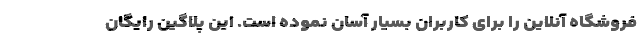
فروشگاه آنلاین را برای کاربران بسیار آسان نموده است. این پلاگین رایگان